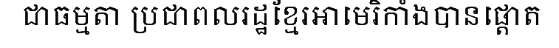
ជាធម្មតា ប្រជាពលរដ្ឋខ្មែរអាមេរិកាំងបានផ្តោត